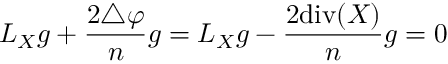
L _ { X } g + { \frac { 2 \triangle \varphi } { n } } g = L _ { X } g - { \frac { 2 \mathrm { d i v } ( X ) } { n } } g = 0